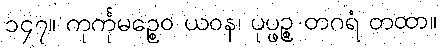
၁၄၇။ ကုင်္ကုမဉ္စေဝ ယဝန၊ ပုပ္ဖဉ္စ တဂရံ တထာ။